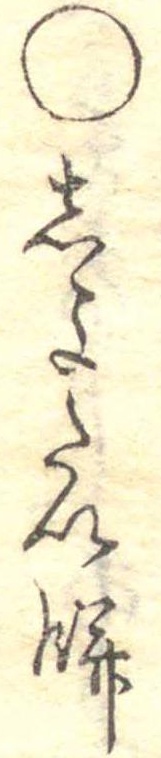
○しよたい餅